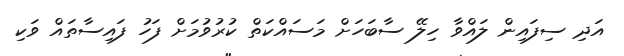
އަދި ސިފައިން ލައްވާ ހިލޭ ސާބަހަށް މަސައްކަތް ކުރުވުމަށް ފަހު ފައިސާތައް ވަކި